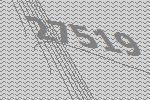
27519